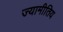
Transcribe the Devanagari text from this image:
ज्यामीतिय